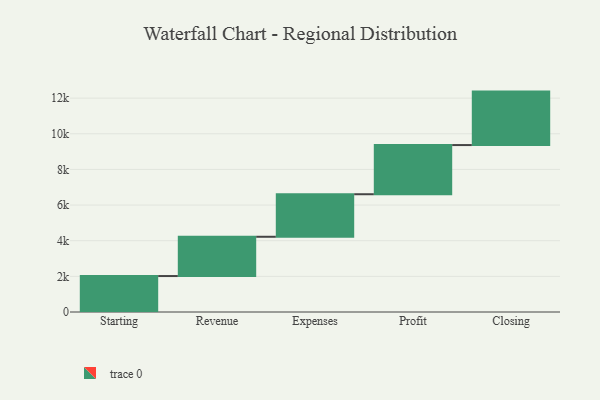
{"axis": {"x": "Step", "y": "Value"}, "legend": [""], "data": [{"x": "Starting", "y": 2018.0, "type": ""}, {"x": "Revenue", "y": 2203.0, "type": ""}, {"x": "Expenses", "y": 2387.0, "type": ""}, {"x": "Profit", "y": 2759.0, "type": ""}, {"x": "Closing", "y": 3000, "type": ""}]}